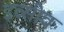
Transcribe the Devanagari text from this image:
इव्सीव